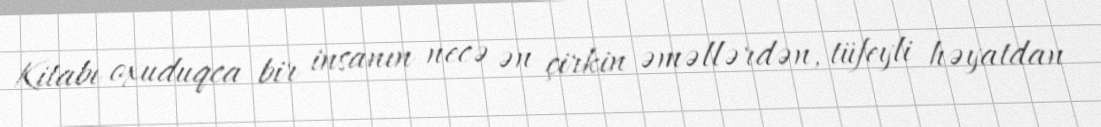
Kitabı oxuduqca bir insanın necə ən çirkin əməllərdən, tüfeyli həyatdan